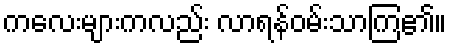
ကလေးများကလည်း လာရန်ဝမ်းသာကြ၏။